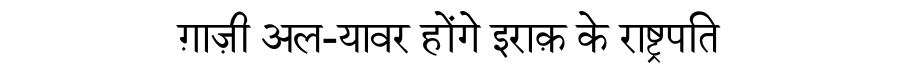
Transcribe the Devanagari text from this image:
ग़ाज़ी अल-यावर होंगे इराक़ के राष्ट्रपति